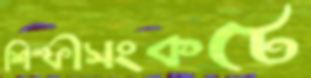
শিল্পীসংকটে